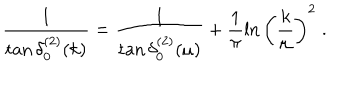
\frac { 1 } { \tan \delta _ { 0 } ^ { ( 2 ) } ( k ) } = \frac { 1 } { \tan \delta _ { 0 } ^ { ( 2 ) } ( \mu ) } + \frac { 1 } { \pi } \ln \left( \frac { k } { \mu } \right) ^ { 2 } \; .